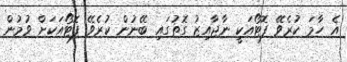
އެ ހާމަ ކުރެވޭ ފޮޓޯއަކީ ނާޖާއިޒު ގޮތުގައި ބޭނުން ކުރެވޭ ފޮޓޯއަކަށް ވުމުން